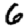
Digit: 6